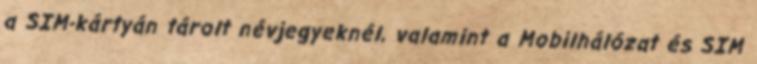
a SIM-kártyán tárolt névjegyeknél, valamint a Mobilhálózat és SIM